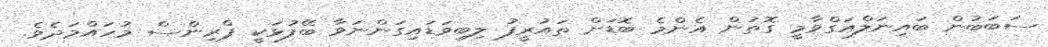
ސަބަބުން ބައިނަލްއަގްވާމީ ގޮތުން އެންމެ ބޮޑަށް ތައުރީފު ލިބިވަޑައިގަންނަވާ ބޭފުޅަކީ ޕްރިންސް މުހައްމަދެވެ.